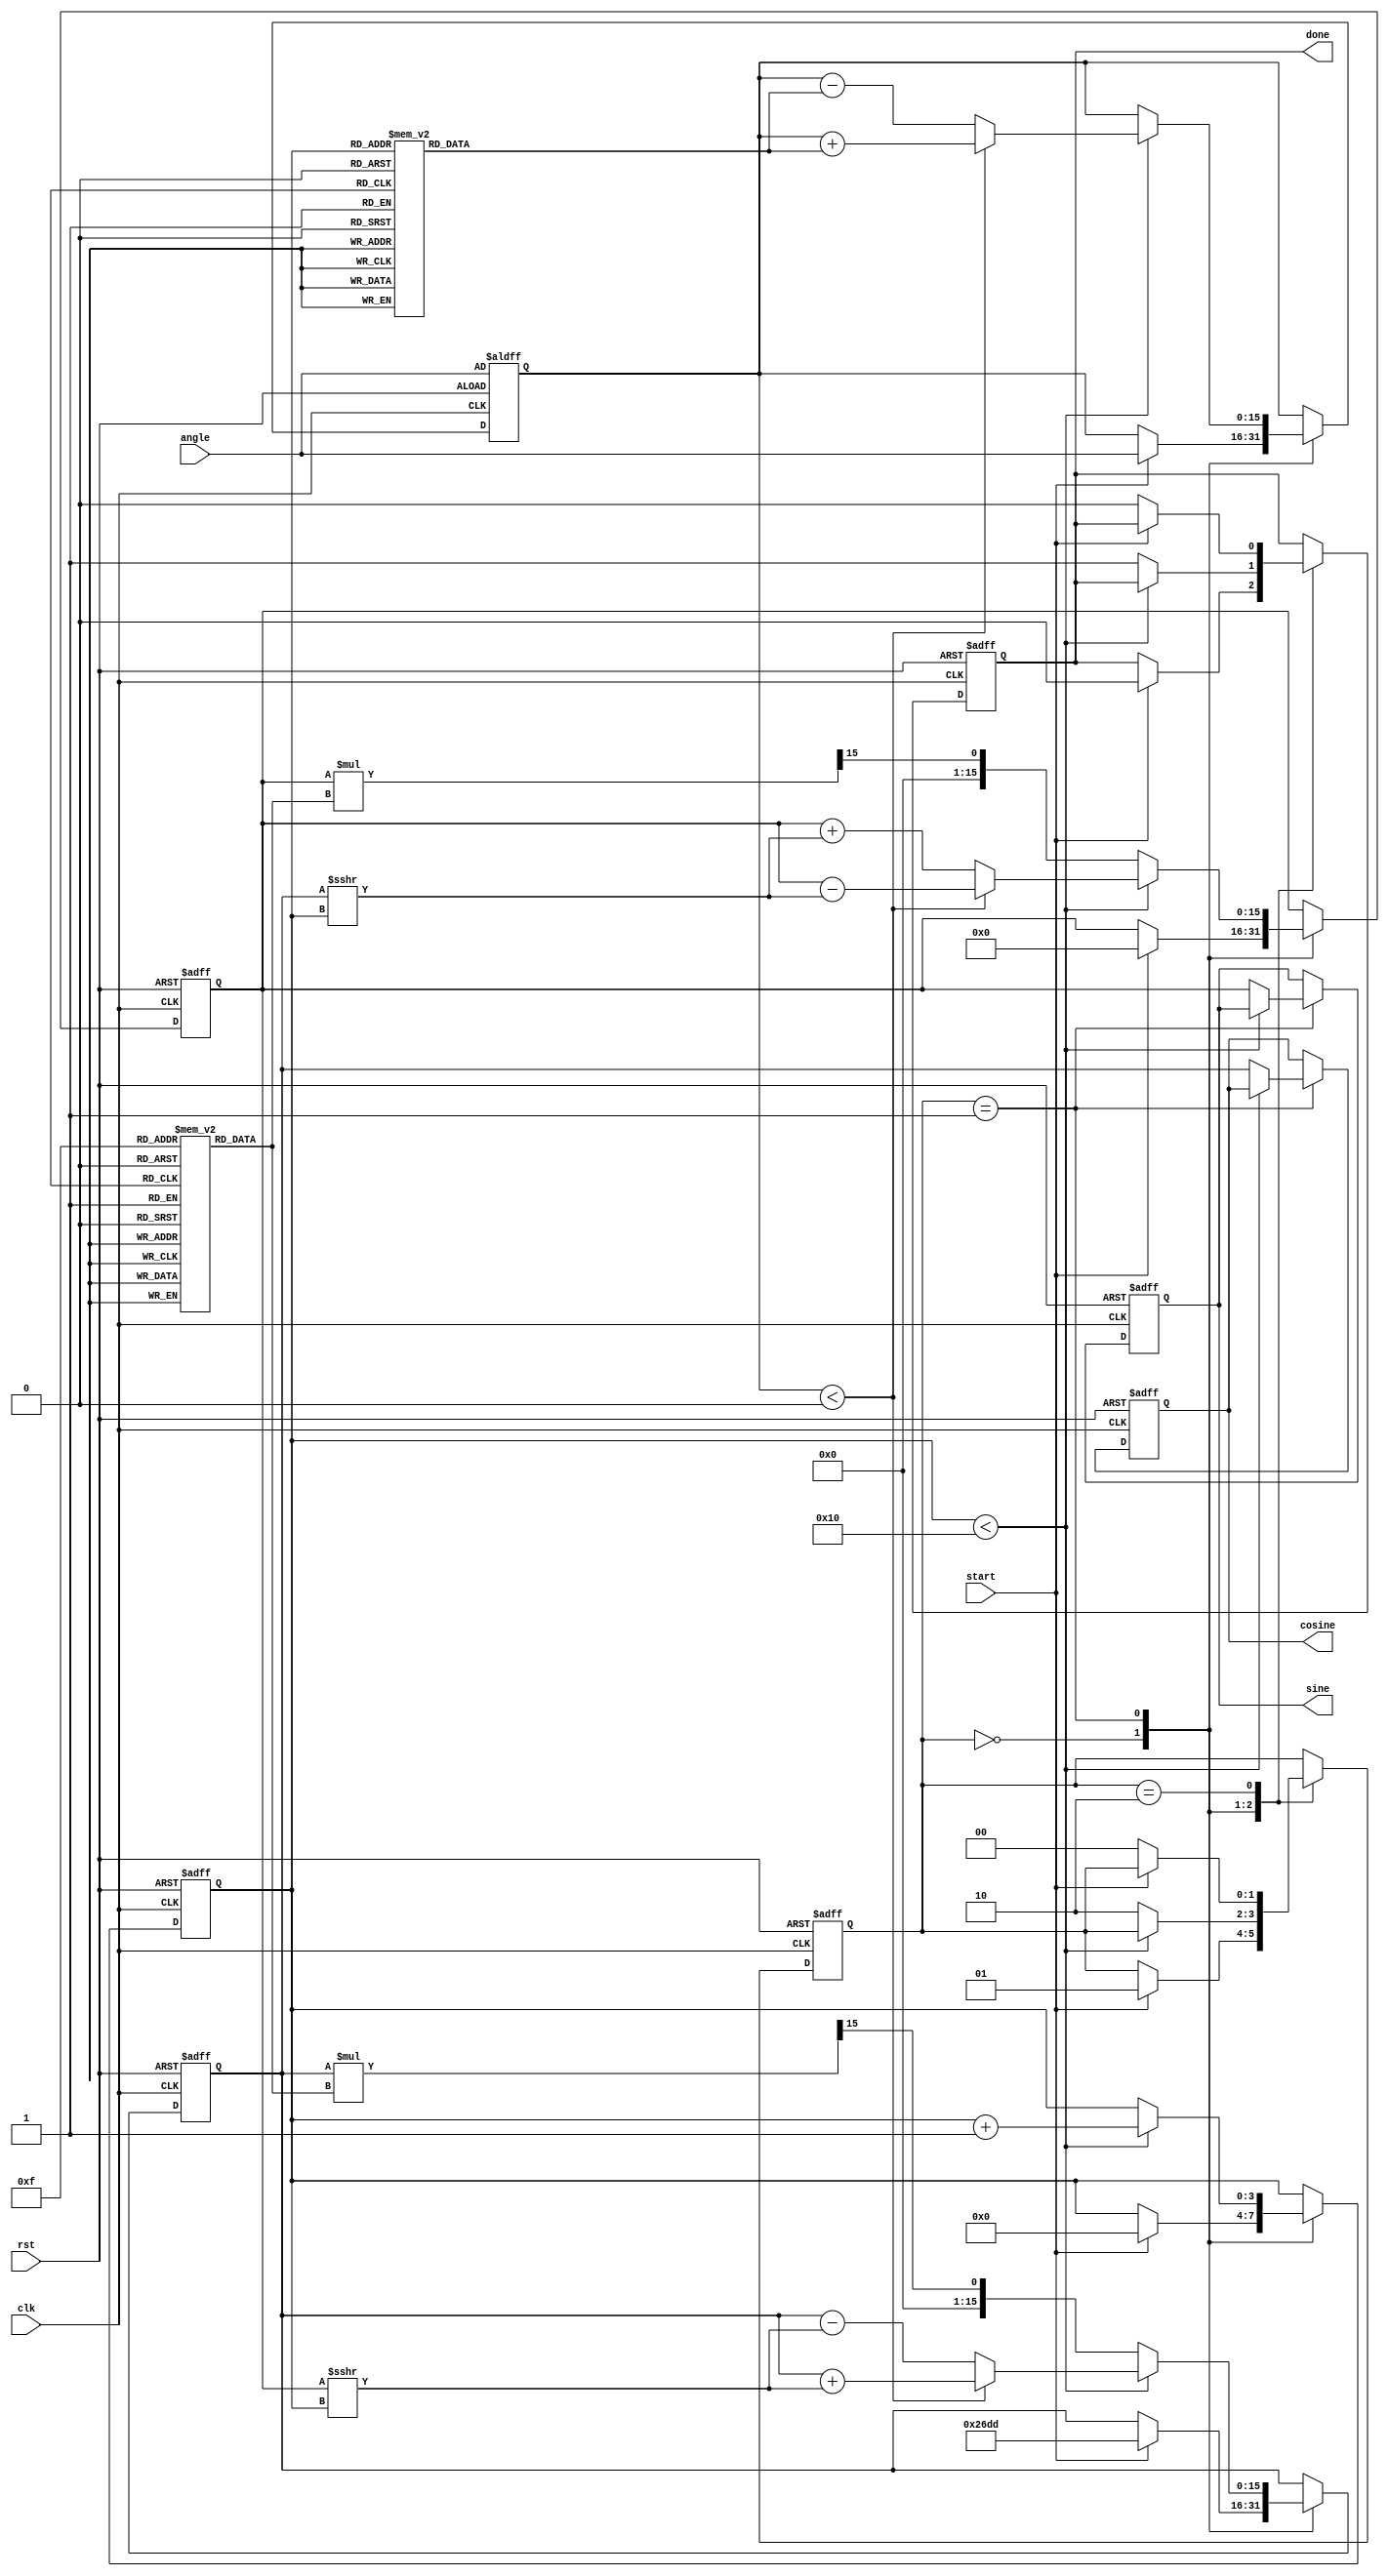
module cordic (
    input wire clk,
    input wire rst,
    input wire [15:0] angle, // Input angle in fixed-point format
    input wire start,
    output reg [15:0] sine,   // Output sine value
    output reg [15:0] cosine,  // Output cosine value
    output reg done
);

    // Parameters
    parameter NUM_ITERATIONS = 16; // Number of iterations
    parameter LUT_SIZE = 16; // Size of LUTs

    // Lookup Tables
    reg [15:0] angle_lut [0:LUT_SIZE-1]; // Angle LUT
    reg [15:0] scaling_lut [0:LUT_SIZE-1]; // Scaling LUT

    // Internal signals
    reg [15:0] x, y, z; // x, y, z registers for CORDIC
    reg [3:0] iteration; // Iteration counter
    reg [1:0] state; // State machine
    reg [15:0] angle_temp;

    // State encoding
    localparam IDLE = 2'b00;
    localparam COMPUTE = 2'b01;
    localparam DONE = 2'b10;

    // Initialize LUTs
    initial begin
        // Populate angle LUT with arctangent values (in fixed-point)
        angle_lut[0] = 16'h0000; // atan(2^0) = 0
        angle_lut[1] = 16'h2000; // atan(2^-1) = /4
        angle_lut[2] = 16'h1000; // atan(2^-2) = /8
        angle_lut[3] = 16'h0800; // atan(2^-3) = /16
        // ... (fill in remaining values)
        
        // Populate scaling LUT with scaling factors
        scaling_lut[0] = 16'h26DD; // 1/sqrt(1 + 2^0)
        scaling_lut[1] = 16'h1A6D; // 1/sqrt(1 + 2^-1)
        scaling_lut[2] = 16'h0C8F; // 1/sqrt(1 + 2^-2)
        scaling_lut[3] = 16'h0642; // 1/sqrt(1 + 2^-3)
        // ... (fill in remaining values)
    end

    // State machine and CORDIC computation
    always @(posedge clk or posedge rst) begin
        if (rst) begin
            state <= IDLE;
            iteration <= 0;
            x <= 16'h26DD; // Initial x = K (scaling factor)
            y <= 0; // Initial y = 0
            z <= angle; // Input angle
            done <= 0;
            sine <= 0;
            cosine <= 0;
        end else begin
            case (state)
                IDLE: begin
                    if (start) begin
                        iteration <= 0;
                        x <= 16'h26DD; // Initial x = K
                        y <= 0; // Initial y = 0
                        z <= angle; // Input angle
                        state <= COMPUTE;
                        done <= 0;
                    end
                end

                COMPUTE: begin
                    if (iteration < NUM_ITERATIONS) begin
                        if (z < 0) begin
                            // Rotate clockwise
                            x <= x + (y >>> iteration);
                            y <= y - (x >>> iteration);
                            z <= z + angle_lut[iteration];
                        end else begin
                            // Rotate counter-clockwise
                            x <= x - (y >>> iteration);
                            y <= y + (x >>> iteration);
                            z <= z - angle_lut[iteration];
                        end
                        iteration <= iteration + 1;
                    end else begin
                        // Final scaling
                        x <= (x * scaling_lut[NUM_ITERATIONS-1]) >>> 15; // Scale x
                        y <= (y * scaling_lut[NUM_ITERATIONS-1]) >>> 15; // Scale y
                        sine <= y;
                        cosine <= x;
                        done <= 1;
                        state <= DONE;
                    end
                end

                DONE: begin
                    if (!start) begin
                        state <= IDLE; // Reset state
                        done <= 0;
                    end
                end
            endcase
        end
    end
endmodule